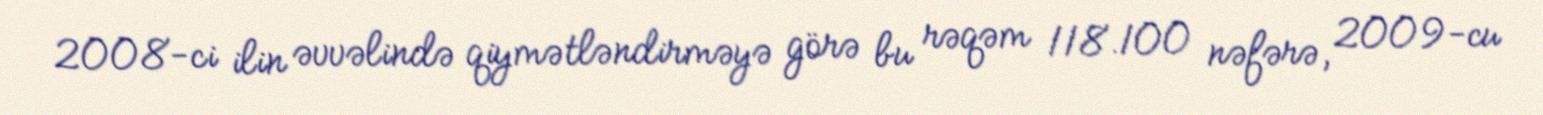
2008-ci ilin əvvəlində qiymətləndirməyə görə bu rəqəm 118.100 nəfərə, 2009-cu